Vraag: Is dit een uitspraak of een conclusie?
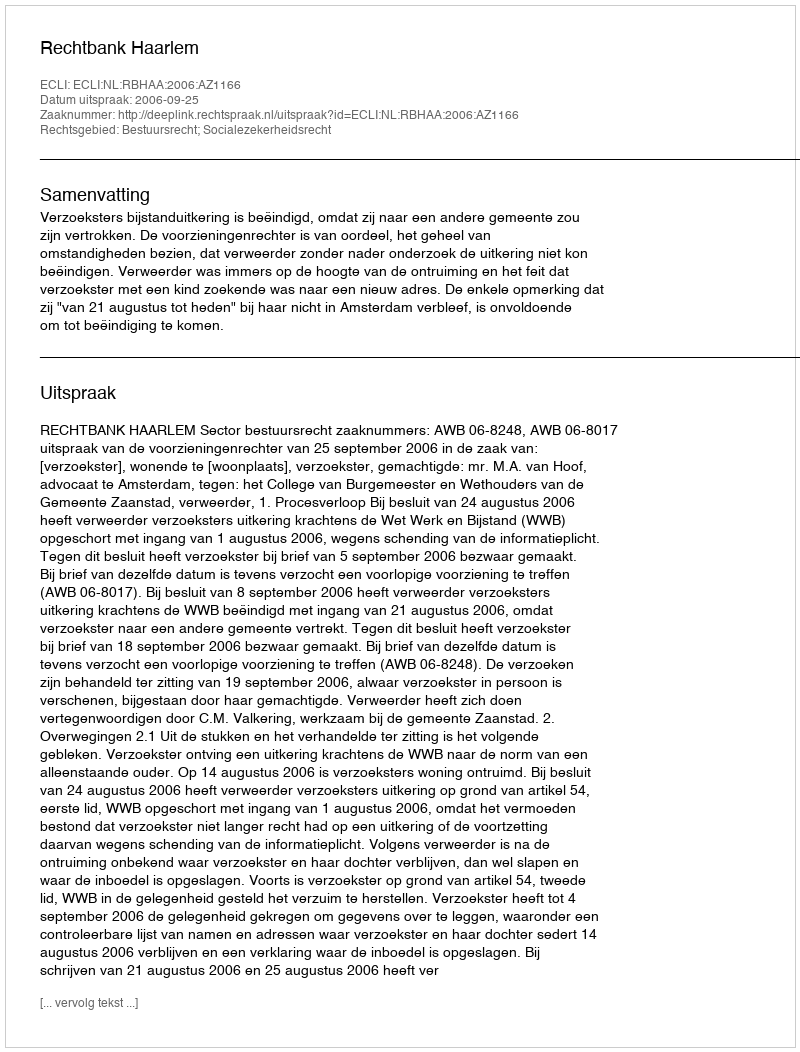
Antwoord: Uitspraak